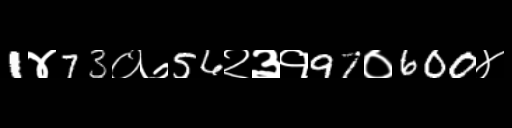
Text: 1४73०७56२३१97०600४